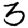
Digit: 3